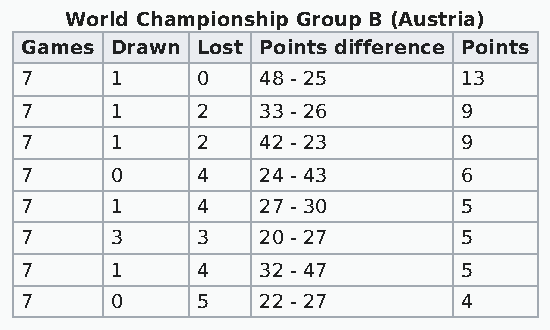
World Championship Group B (Austria)
 Games Drawn Lost Points difference Points
 7     1     0   48 - 25       13
 7     1     2   33 - 26       9
 7     1     2   42 - 23       9
 7     0     4   24 - 43       6
 7     1     4   27 - 30       5
 7     3     3   20 - 27       5
 7     1     4   32 - 47       5
 7     0     5   22 - 27       4